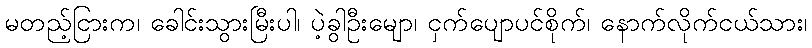
မတည့်ငြားက၊ ခေါင်းသွားမြီးပါ၊ ပဲ့ခွါဦးမျော၊ ငှက်ပျောပင်စိုက်၊ နောက်လိုက်ငယ်သား၊